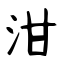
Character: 泔